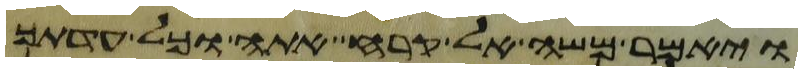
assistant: ויאמר משה אל קרח אתה וכל עדתך